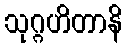
သုဂ္ဂဟိတာနိ